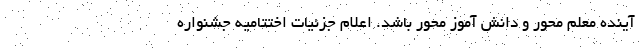
آینده معلم محور و دانش آموز محور باشد. اعلام جزئیات اختتامیه جشنواره